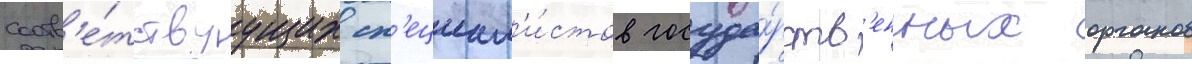
соотв'е́тствуущих сп'ециал'и́стов госуда́рств'енных органов